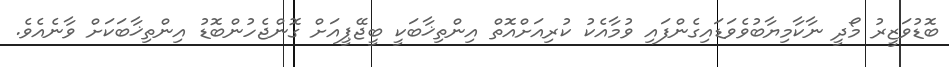
ބޮޑުވަޒީރު މޯދީ ނާކާމިޔާބުވެވަޑައިގެންފައި ވުމާއެކު ކުރިއަށްއޮތް އިންތިޚާބަކީ ބީޖޭޕީއަށް ގޮންޖެހުންބޮޑު އިންތިޚާބަކަށް ވާނެއެވެ.